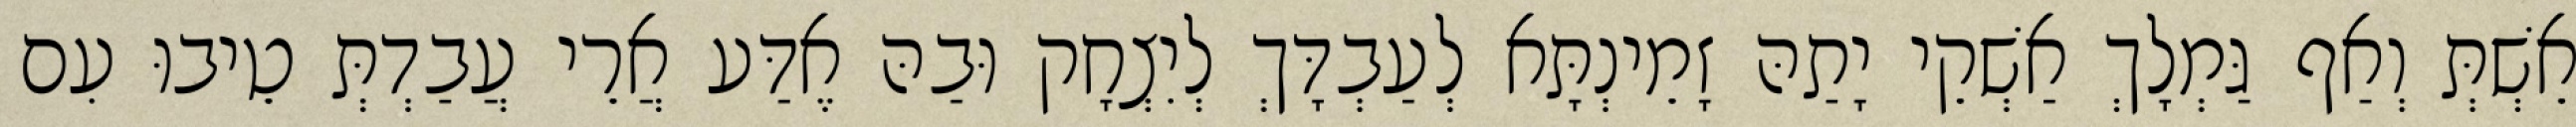
אֵשְׁתְּ וְאַף גַּמְלָךְ אַשְׁקֵי יָתַהּ זָמֵינְתָּא לְעַבְדָּךְ לְיִצְחָק וּבַהּ אֶדַּע אֲרֵי עֲבַדְתְּ טֵיבוּ עִם